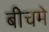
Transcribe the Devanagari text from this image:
बीचमे